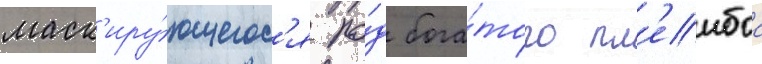
маск'иру́ющегос'я по́д бога́того пл'еибоа